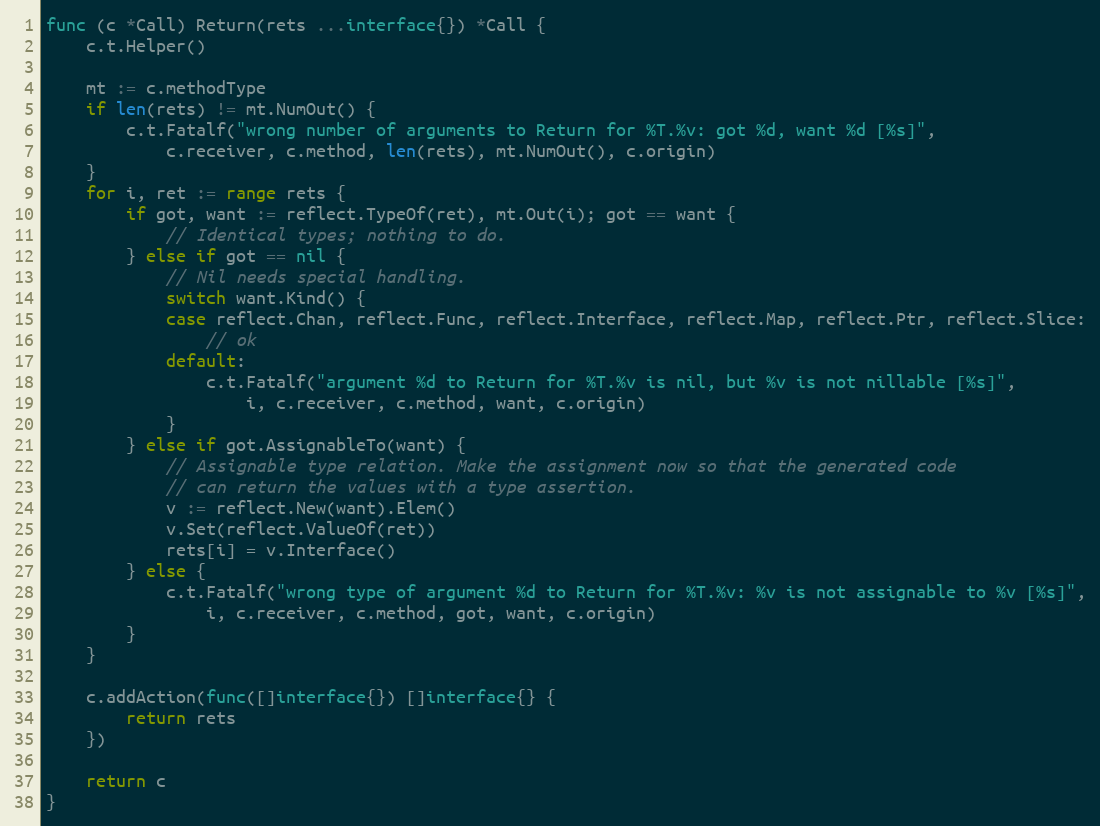
Language: Go
func (c *Call) Return(rets ...interface{}) *Call {
	c.t.Helper()

	mt := c.methodType
	if len(rets) != mt.NumOut() {
		c.t.Fatalf("wrong number of arguments to Return for %T.%v: got %d, want %d [%s]",
			c.receiver, c.method, len(rets), mt.NumOut(), c.origin)
	}
	for i, ret := range rets {
		if got, want := reflect.TypeOf(ret), mt.Out(i); got == want {
			// Identical types; nothing to do.
		} else if got == nil {
			// Nil needs special handling.
			switch want.Kind() {
			case reflect.Chan, reflect.Func, reflect.Interface, reflect.Map, reflect.Ptr, reflect.Slice:
				// ok
			default:
				c.t.Fatalf("argument %d to Return for %T.%v is nil, but %v is not nillable [%s]",
					i, c.receiver, c.method, want, c.origin)
			}
		} else if got.AssignableTo(want) {
			// Assignable type relation. Make the assignment now so that the generated code
			// can return the values with a type assertion.
			v := reflect.New(want).Elem()
			v.Set(reflect.ValueOf(ret))
			rets[i] = v.Interface()
		} else {
			c.t.Fatalf("wrong type of argument %d to Return for %T.%v: %v is not assignable to %v [%s]",
				i, c.receiver, c.method, got, want, c.origin)
		}
	}

	c.addAction(func([]interface{}) []interface{} {
		return rets
	})

	return c
}